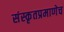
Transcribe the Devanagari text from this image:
संस्कृतप्रमाणेच